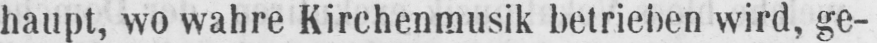
haupt, wo wahre Kirchenmusik betrieben wird, ge-